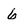
Character: 6